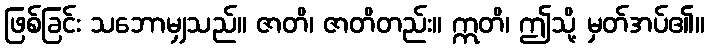
ဖြစ်ခြင်း သဘောမျှသည်။ ဇာတိ၊ ဇာတိတည်း။ ဣတိ၊ ဤသို့ မှတ်အပ်၏။